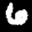
Label: 6